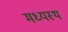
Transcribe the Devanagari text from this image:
मध्‍यस्‍थ